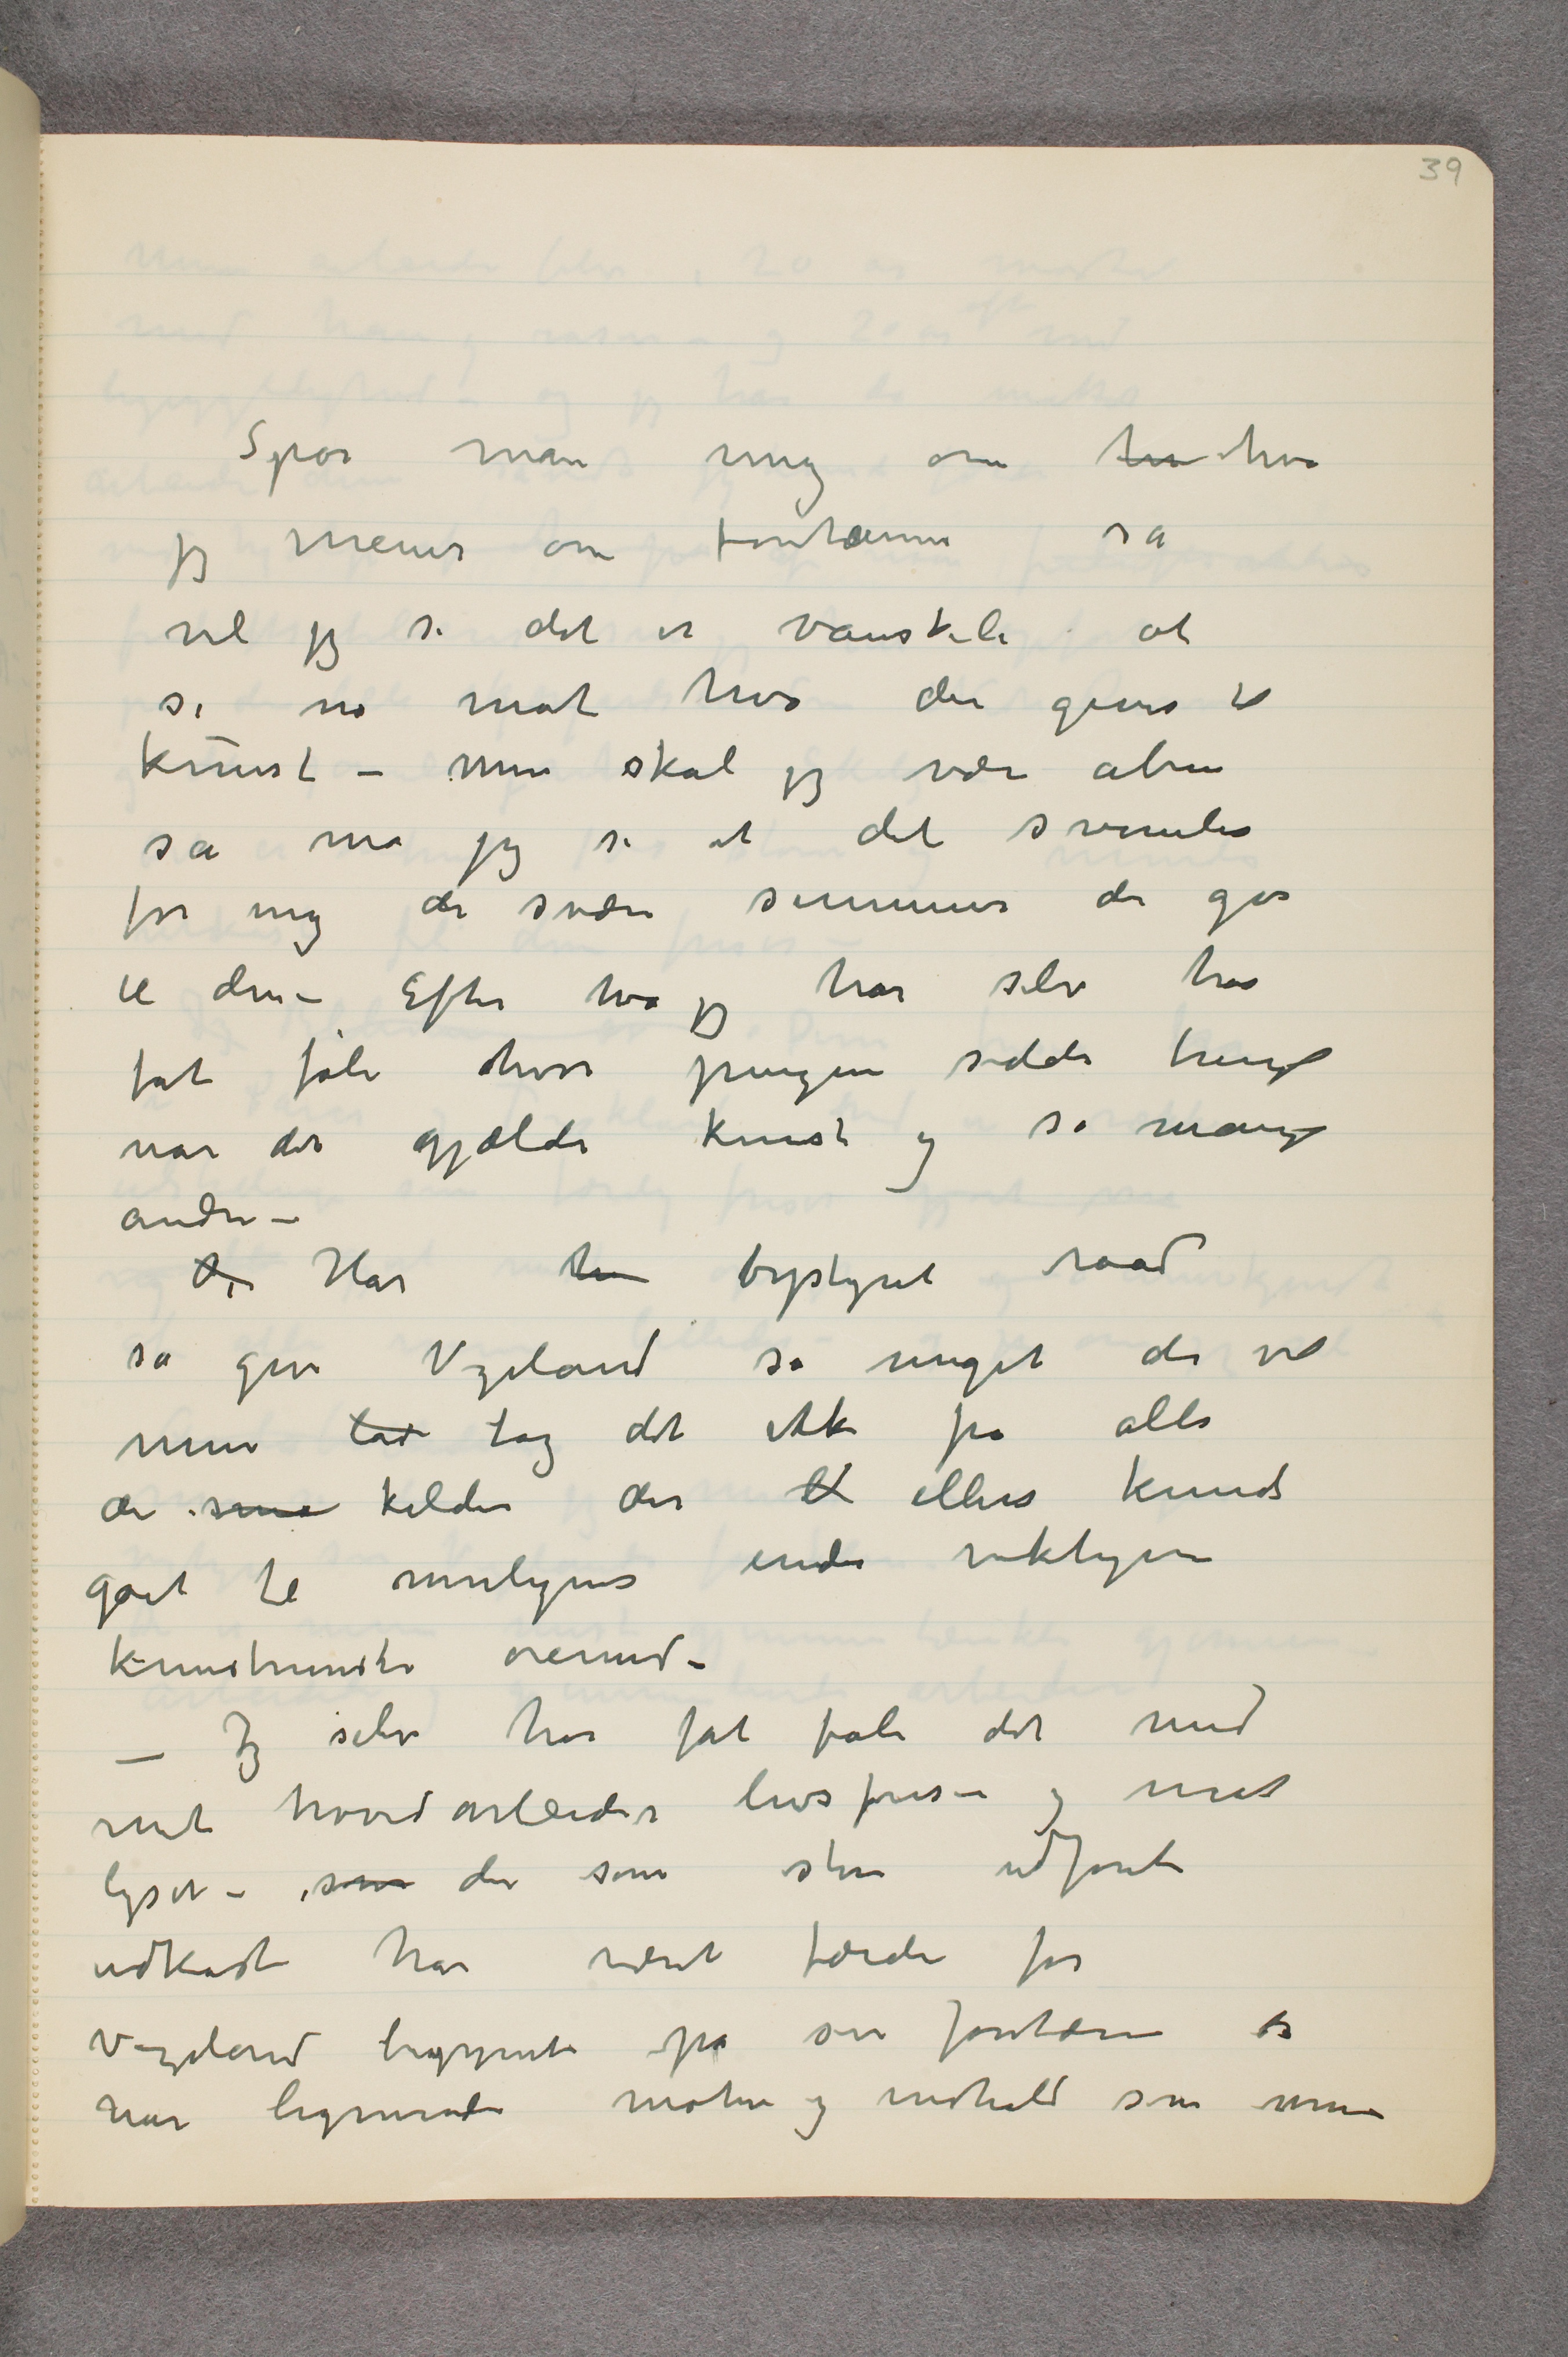
Spør man mig om hv hva
jeg mener om fontænen så
vil jeg si det er vanskeli at
si no mot hva der gives til
kunst – men skal jeg være åben
så må jeg si at det svimler
for mig de svære summer der går
til den – Efter hva jeg har selv har
fåt føle hvor pengene sidder tungt
når det gjælder kunst og så mange
andre -
Og Har  …  bystyret raad
sa giv Vigeland så meget det vil
men lad tag det ikke fra alle
de små kilder der  …  ellers kunde
gået til muligens enda viktigere
kunstneriske øiemed –
– Jeg selv har fåt føle det med
mit hovedarbeide …  livsfrisen og mot
lyset – som der som store udførte
udkast har været færdi før
Vigeland begyndte på sin fontæne der
har lignende motiver og indhold som min